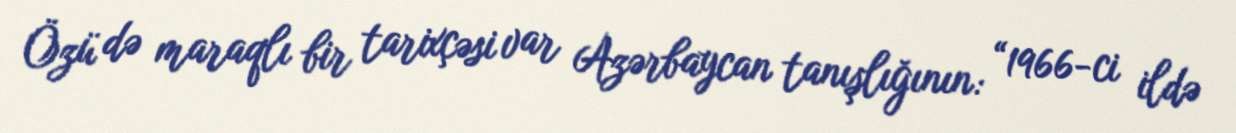
Özü də maraqlı bir tarixçəsi var Azərbaycan tanışlığının: “1966-ci ildə